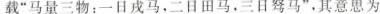
载”马量三物：一日戎马，二日田马，三日驽马”，其意思为